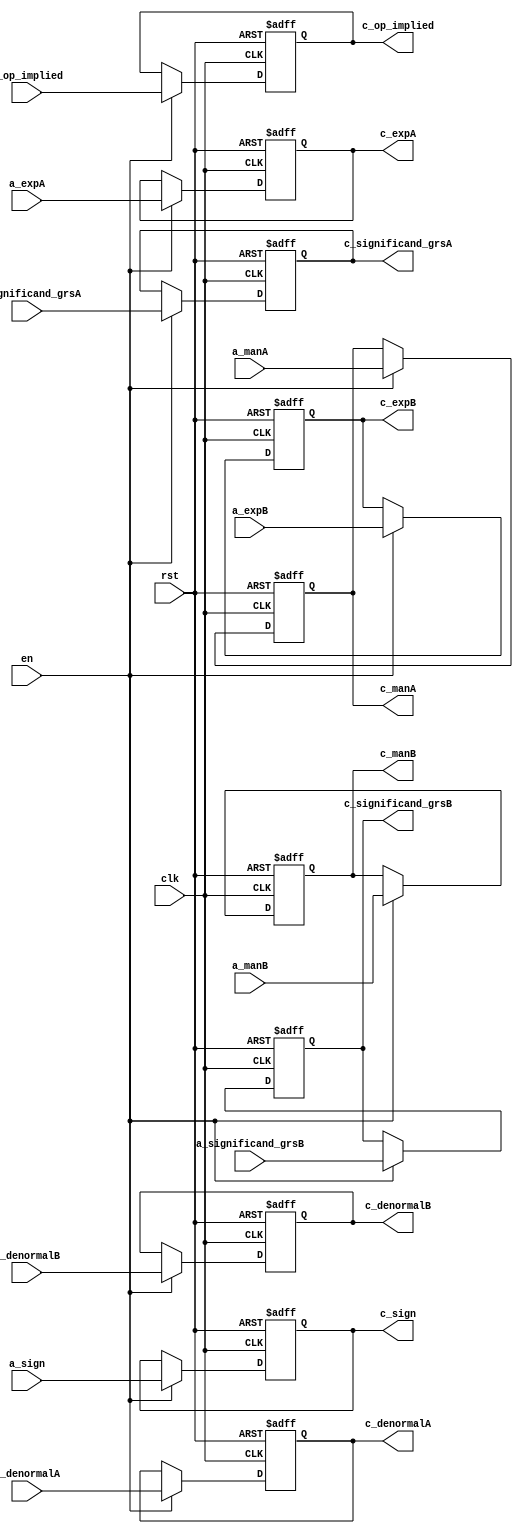
module p_reg_ac (
    input wire clk, rst, en,
    input wire a_op_implied, a_sign, a_denormalA, a_denormalB,
    input wire [22:0] a_manA, a_manB,
    input wire [7:0] a_expA, a_expB,
    input wire [27:0] a_significand_grsA, a_significand_grsB,
    output reg c_op_implied, c_sign, c_denormalA, c_denormalB,
    output reg [22:0] c_manA, c_manB,
    output reg [7:0] c_expA, c_expB,
    output reg [27:0] c_significand_grsA, c_significand_grsB
);

    always @(posedge clk, posedge rst)
    begin
        if(rst)
        begin
            c_op_implied <= 0;
            c_sign <= 0;
            c_manA <= 0;
            c_manB <= 0;
            c_expA <= 0;
            c_expB <= 0;
            c_significand_grsA <= 0;
            c_significand_grsB <= 0;
            c_denormalA <= 0;
            c_denormalB <= 0;
        end
        else
        begin
            if(en)
            begin
                c_op_implied <= a_op_implied;
                c_sign <= a_sign;
                c_manA <= a_manA;
                c_manB <= a_manB;
                c_expA <= a_expA;
                c_expB <= a_expB;
                c_significand_grsA <= a_significand_grsA;
                c_significand_grsB <= a_significand_grsB;   
                c_denormalA <= a_denormalA;
                c_denormalB <= a_denormalB;             
            end            
        end
    end
    
endmodule